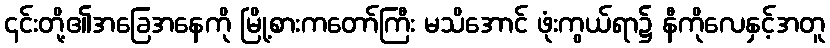
၎င်းတို့၏အခြေအနေကို မြို့စားကတော်ကြီး မသိအောင် ဖုံးကွယ်ရာ၌ နီကိုလေနှင့်အတူ